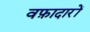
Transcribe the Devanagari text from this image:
वफ़ादारों